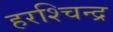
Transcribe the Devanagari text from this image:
हरश्चिन्द्र